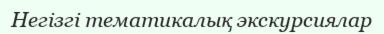
Негізгі тематикалық экскурсиялар